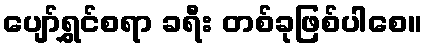
ပျော်ရွှင်စရာ ခရီး တစ်ခုဖြစ်ပါစေ။